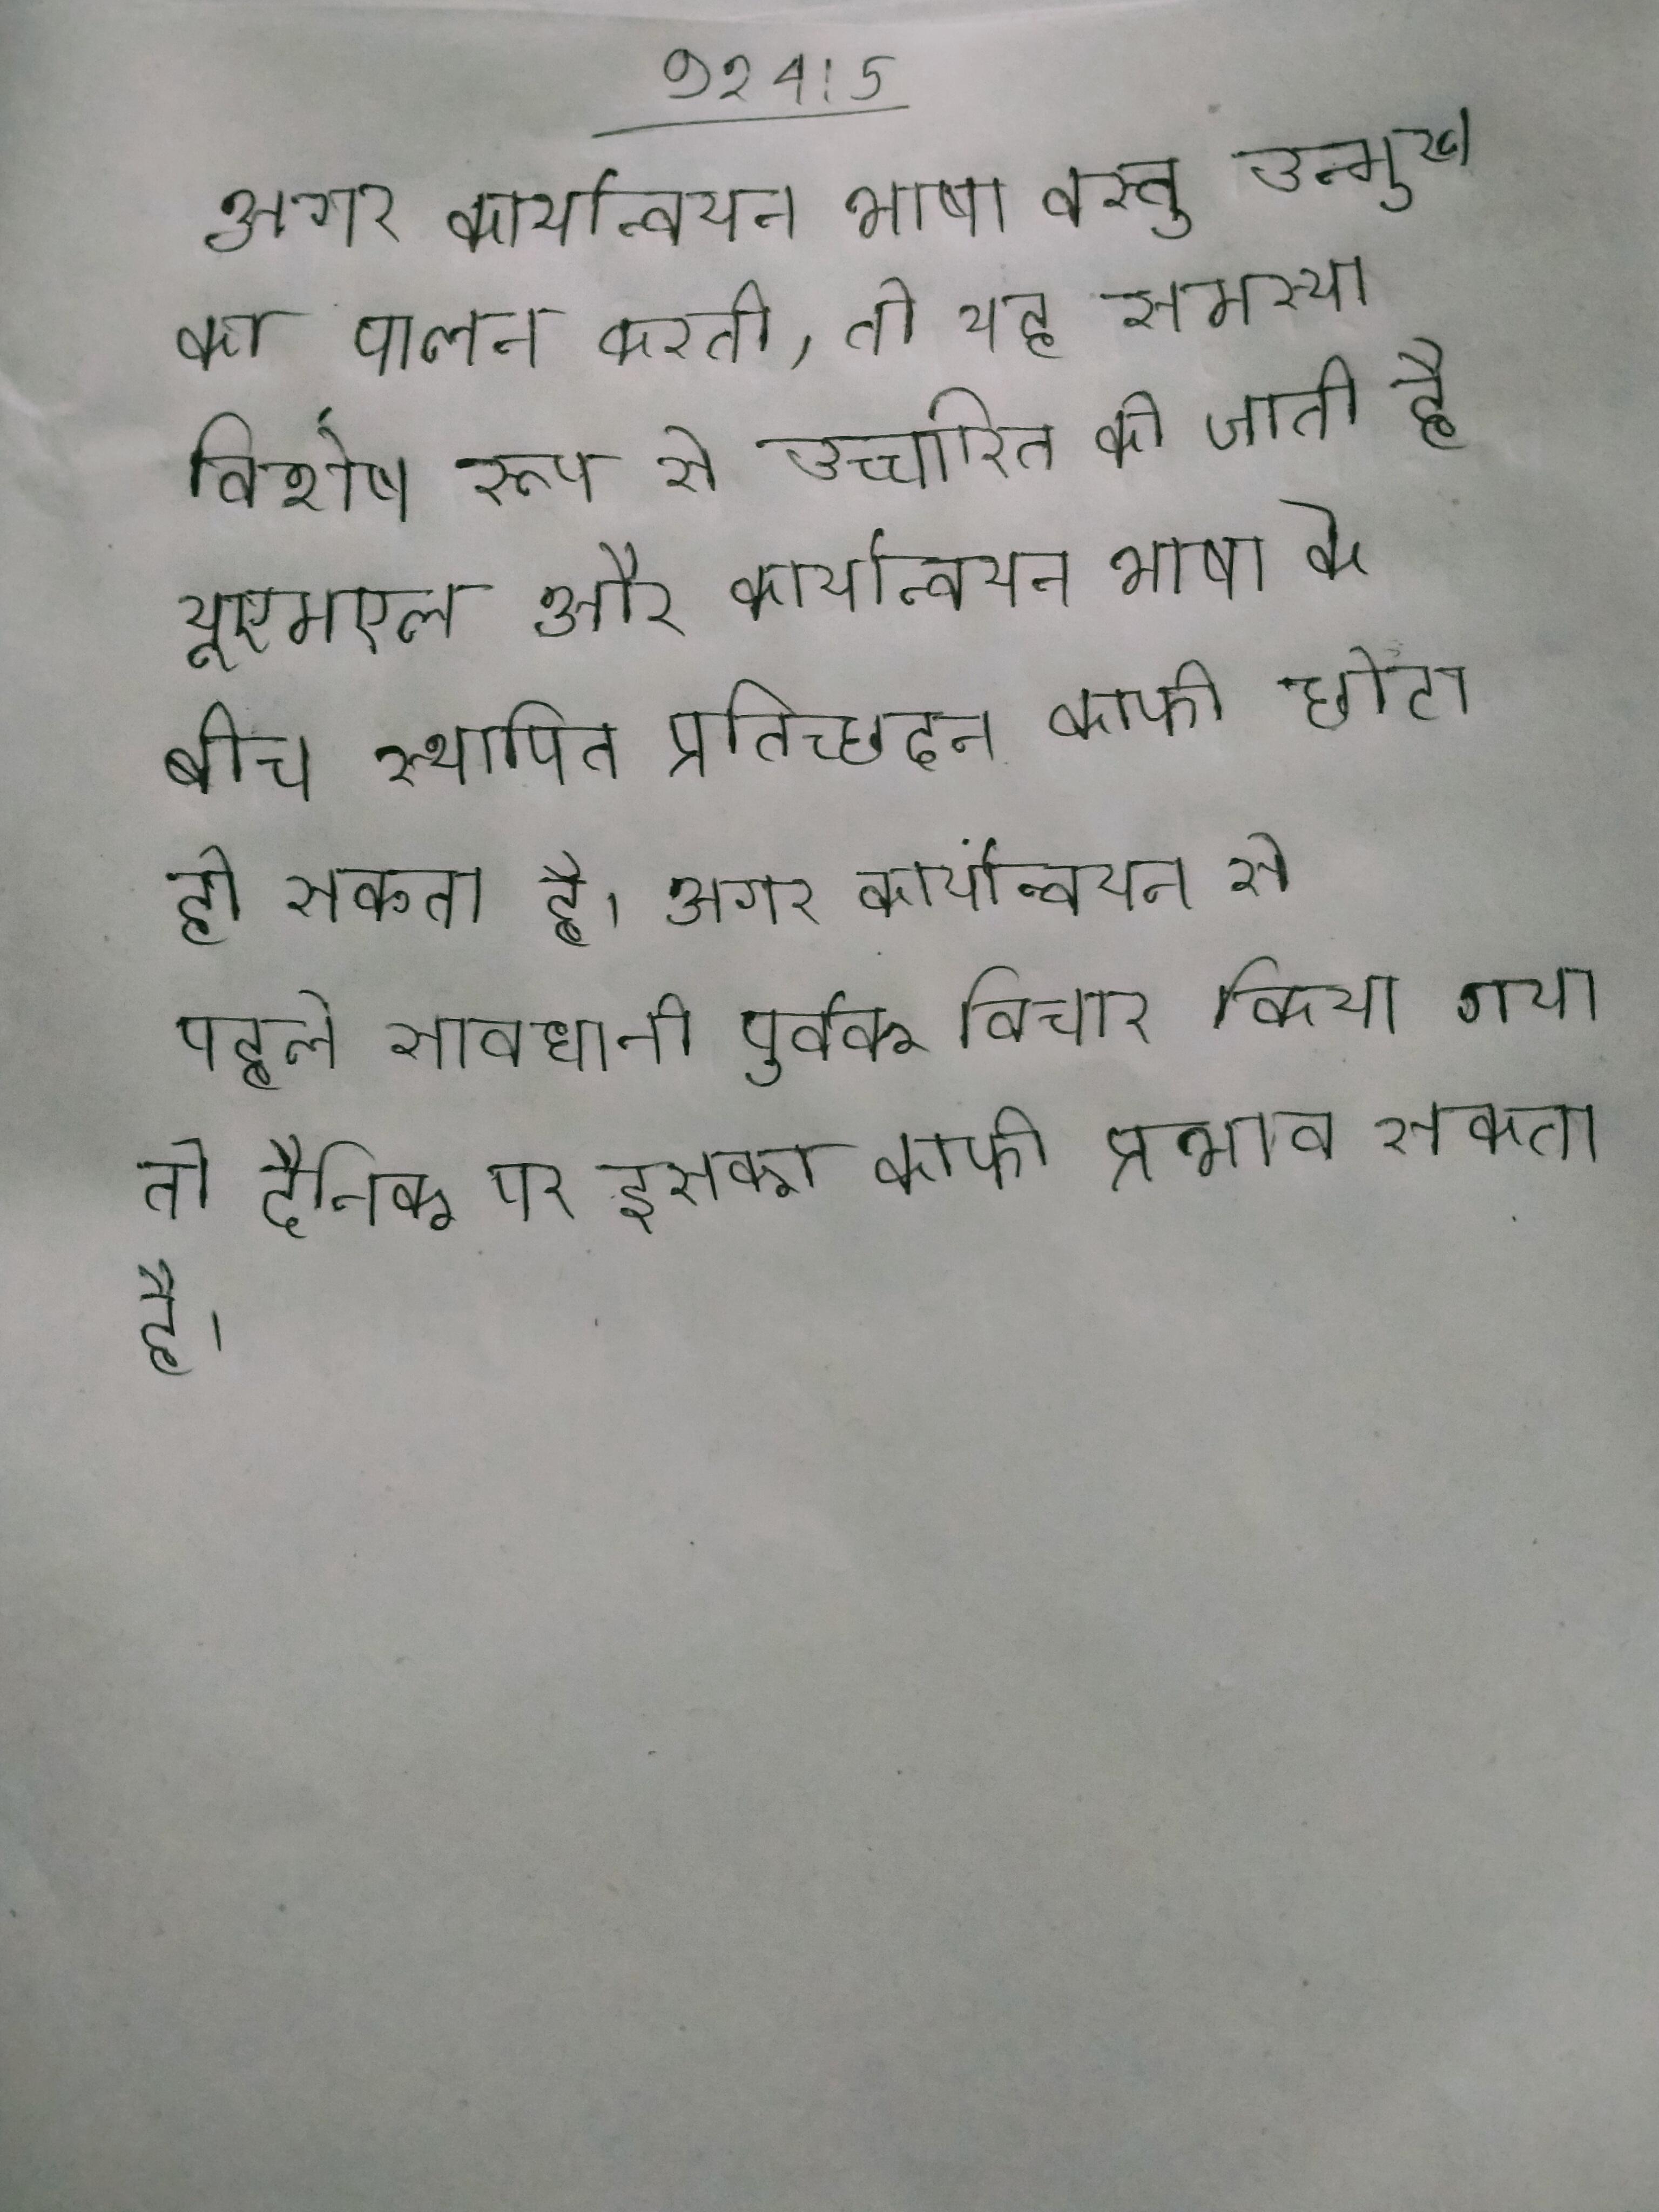
अगर कार्यान्वयन भाषा वस्तु उन्मुख का पालन करती, तो यह समस्या विशेष रूप से उच्चारित की जाती है यूएमएल और कार्यान्वयन भाषा के बीच स्थापित प्रतिच्छेदन काफी छोटा हो सकता है । अगर कार्यान्वयन से पहले सावधानी पूर्वक विचार किया गया तो दैनिक पर इसका काफी प्रभाव सकता है ।